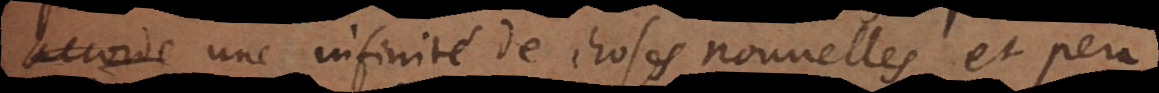
persuade une infinité de choses nouvelles et peu